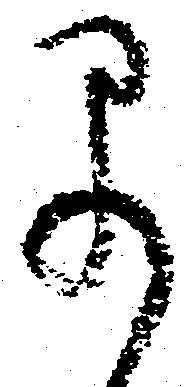
早